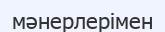
мәнерлерімен